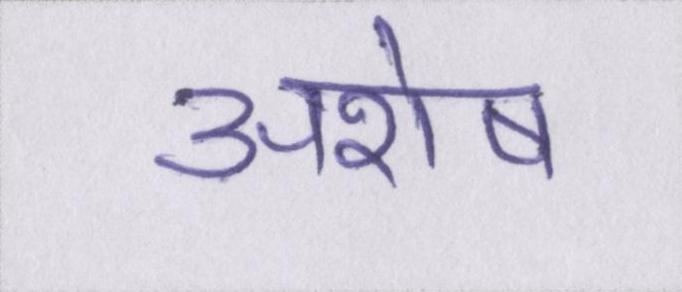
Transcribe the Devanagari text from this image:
अशेष